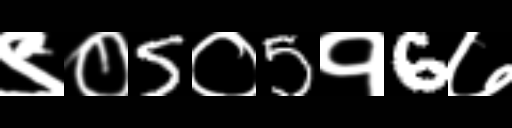
Text: ९०5०5१6७